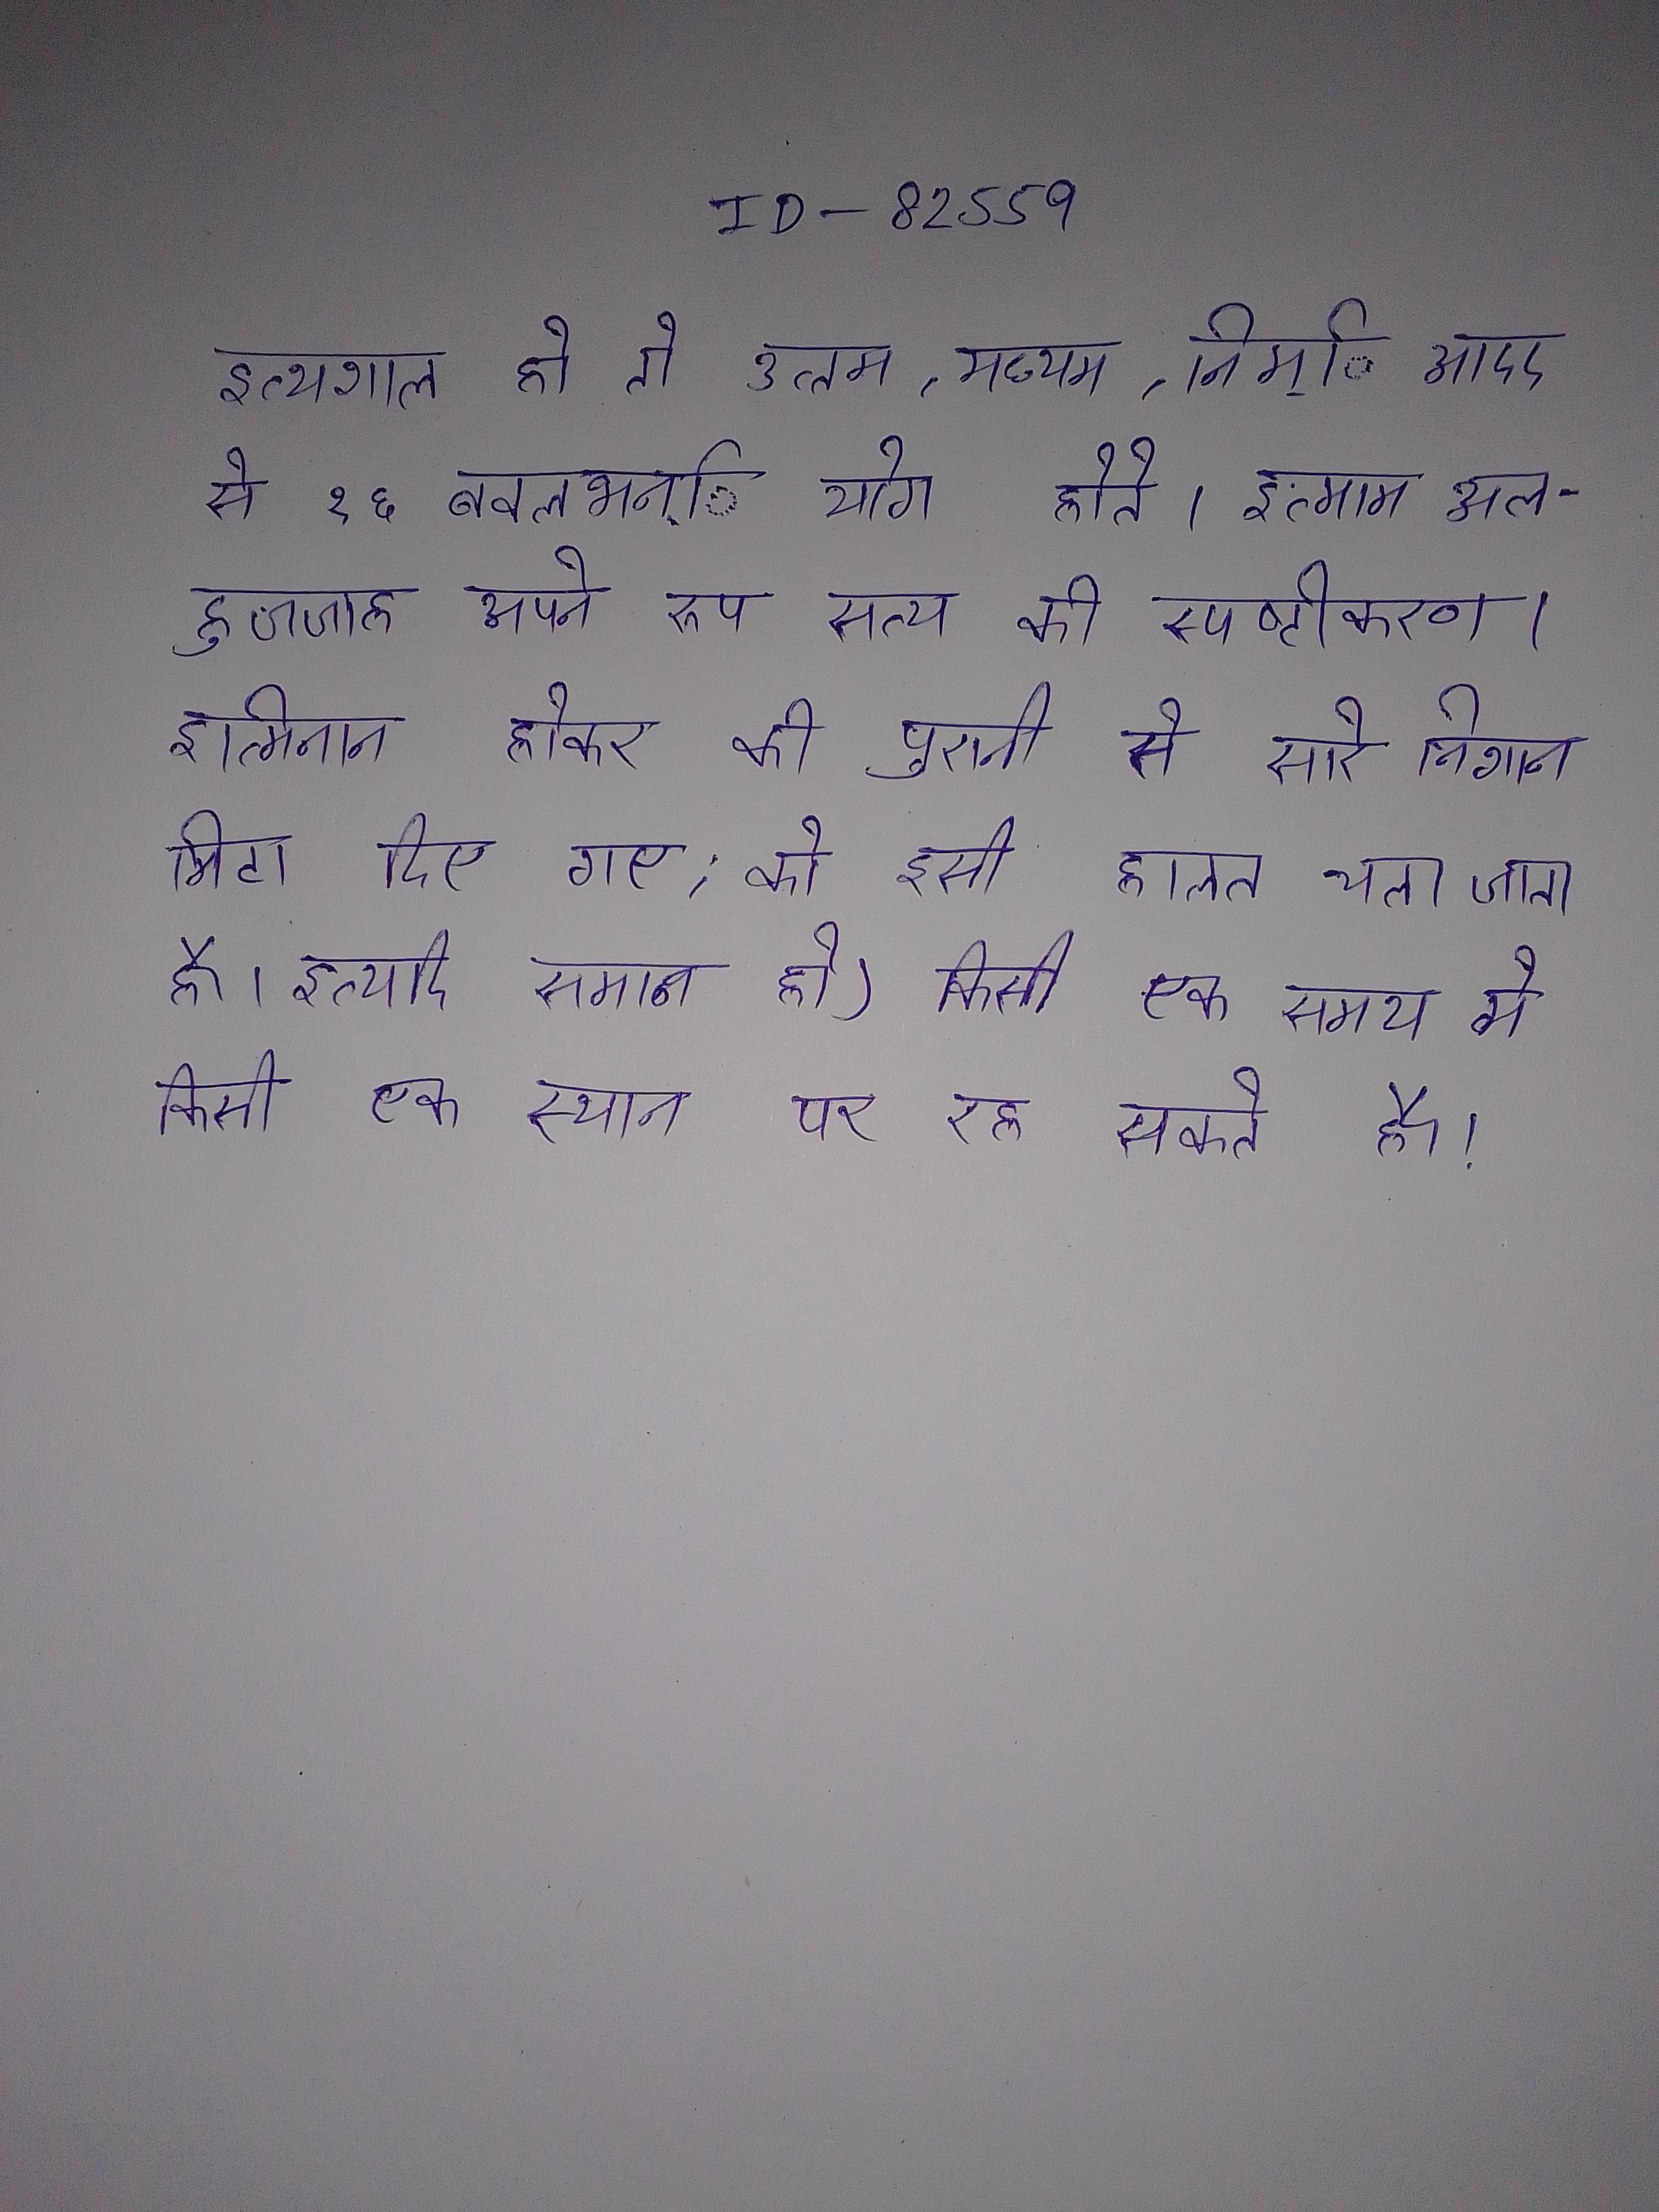
इत्थशाल हो तो उत्तम,मध्यम,निम्ि आदद से १६ ववलभन्ि योग होते । इत्माम अल-हुजजाह अपने रूप सत्य की स्पष्टीकरण । इत्मिनान होकर की पुरानी से सारे निशान मिटा दिए गए, को इसी हालत चला जाता है । इत्यदि समान हो) किसी एक समय मे किसी एक स्थान पर रह सकते है ।